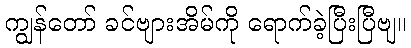
ကျွန်တော် ခင်ဗျားအိမ်ကို ရောက်ခဲ့ပြီးပြီဗျ။